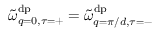
\tilde { \omega } _ { q = 0 , \tau = + } ^ { \mathrm { d p } } = \tilde { \omega } _ { q = \pi / d , \tau = - } ^ { \mathrm { d p } }